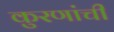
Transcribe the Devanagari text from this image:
कुरणांची